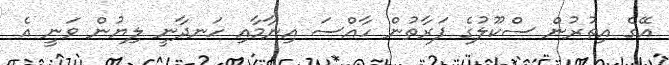
އޭގެ އިތުރުން ސްކޫލުގެ ފަރާތުން ހާއްސަ އިނާމާއި ހަނދާނީ ލިޔުން ވަނީ އެ